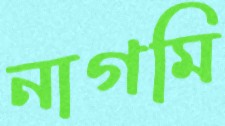
নাগমি